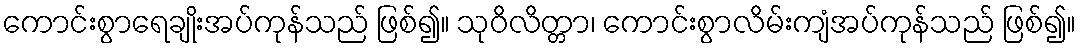
ကောင်းစွာရေချိုးအပ်ကုန်သည် ဖြစ်၍။ သုဝိလိတ္တာ၊ ကောင်းစွာလိမ်းကျံအပ်ကုန်သည် ဖြစ်၍။